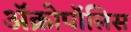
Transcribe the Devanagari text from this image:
ॲक्रोपॉलिस